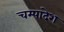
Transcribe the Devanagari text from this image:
चम्पादेश